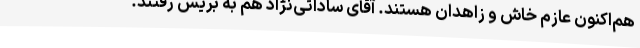
هم‌اکنون عازم خاش و زاهدان هستند. آقای ساداتی‌نژاد هم به بریس رفتند.